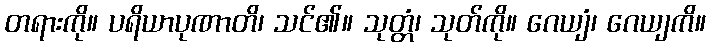
တရားကို။ ပရိယာပုဏာတိ၊ သင်၏။ သုတ္တံ၊ သုတ်ကို။ ဂေယျံ၊ ဂေယျကိ။